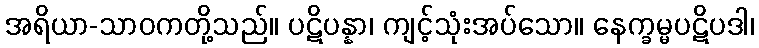
အရိယာ-သာဝကတို့သည်။ ပဋိပန္နာ၊ ကျင့်သုံးအပ်သော။ နေက္ခမ္မပဋိပဒါ၊